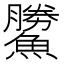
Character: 𩻷